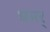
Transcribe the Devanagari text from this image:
धमर्